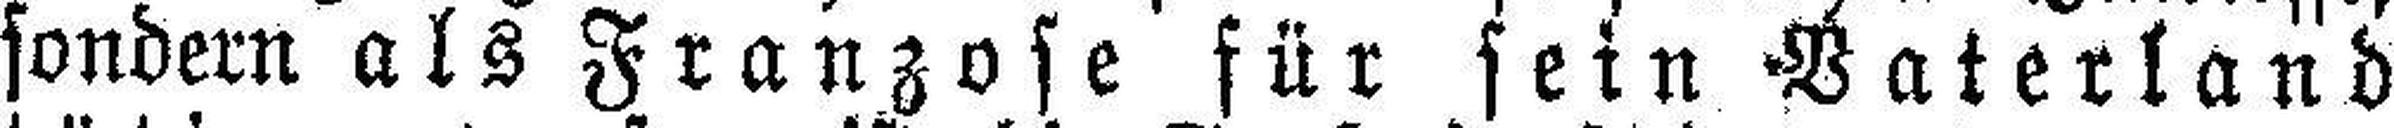
sondern als Franzose für sein Vaterland